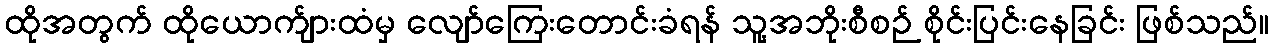
ထိုအတွက် ထိုယောက်ျားထံမှ လျော်ကြေးတောင်းခံရန် သူ့အဘိုးစီစဉ် စိုင်းပြင်းနေခြင်း ဖြစ်သည်။